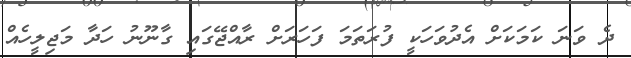
ދެ ވަނަ ކަމަކަށް އެދުވަހަކީ ފުރަތަމަ ފަހަރަށް ރާއްޖޭގައި ގާނޫނު ހަދާ މަޖިލީހެއް